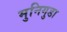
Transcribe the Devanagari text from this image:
मुनिगुडा